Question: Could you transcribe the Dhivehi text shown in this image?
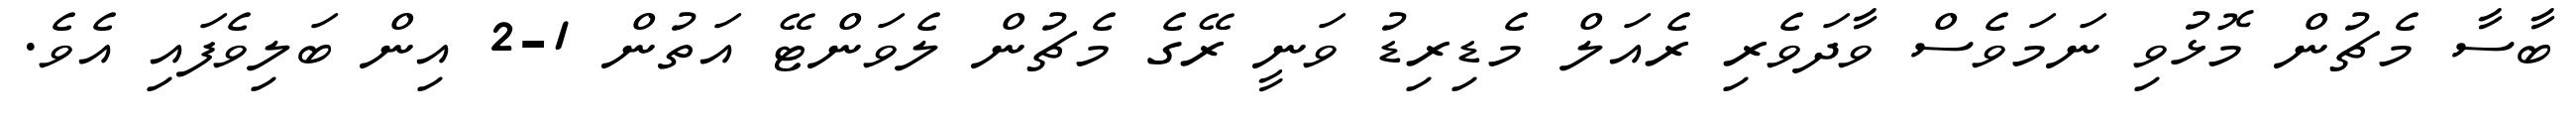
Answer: ބާސާ މެޗުން މޮޅުވި ނަމަވެސް ވާދަވެރި ރެއަލް މެޑިރިޑު ވަނީ ރޭގެ މެޗުން ލެވަންޓޭ އަތުން 1-2 އިން ބަލިވެފައި އެވެ.